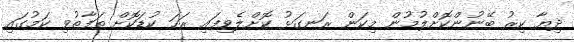
ދިޔާ ކިރު ބޭނުންކޮށްލުމުން މިކަން ރަނގަޅު ކޮށްލެވިފައި ރަހަ ކުޑަކޮށް ތަފާތުވި ކަމުގައި